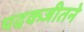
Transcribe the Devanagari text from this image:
पदकजीतने